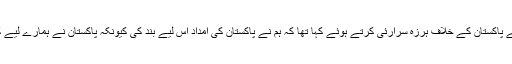
خیال رہے کہ گذشتہ برس نومبر میں بھی امریکی صدر ڈونلڈ ٹرمپ نے پاکستان کے خلاف ہرزہ سرارئی کرتے ہوئے کہا تھا کہ ہم نے پاکستان کی امداد اس لیے بند کی کیونکہ پاکستان نے ہمارے لیے کچھ نہیں کیا، امریکا نے پاکستان کو سالانہ 1.3 بلین ڈالر کی امداد دی۔